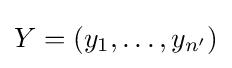
Y=(y_{1},\ldots ,y_{n'})